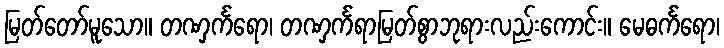
မြတ်တော်မူသော။ တဏှင်္ကရော၊ တဏှင်္ကရာမြတ်စွာဘုရားလည်းကောင်း။ မေဓင်္ကရော၊